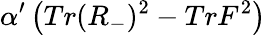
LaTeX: \alpha^{\prime}\left(Tr(R_{-})^{2}-TrF^{2}\right)